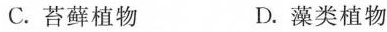
C.苔藓植物 D.藻类植物